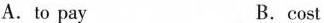
A.to pay B.cost